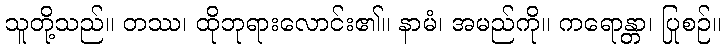
သူတို့သည်။ တဿ၊ ထိုဘုရားလောင်း၏။ နာမံ၊ အမည်ကို။ ကရောန္တာ၊ ပြုစဉ်။